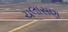
ચલાસણ